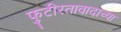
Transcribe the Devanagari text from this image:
फुटीरतावादाच्या